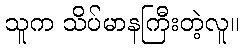
သူက သိပ်မာနကြီးတဲ့လူ။